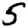
Digit: 5